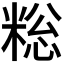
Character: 𫃄